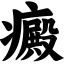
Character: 癜